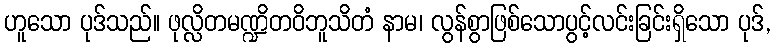
ဟူသော ပုဒ်သည်။ ဖုလ္လိတမဏ္ဍိတဝိဘူသိတံ နာမ၊ လွန်စွာဖြစ်သောပွင့်လင်းခြင်းရှိသော ပုဒ်,